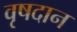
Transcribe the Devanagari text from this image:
वृषदान